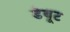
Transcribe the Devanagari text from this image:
डेबूट